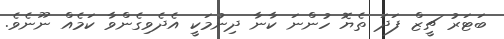
ބަޓަރު ޗީޒް ފަދަ ތެޔޮ ހުންނަ ކާނާ ދިނުމަކީ އެދެވިގެންވާ ކަމެއް ނޫނެވެ.